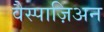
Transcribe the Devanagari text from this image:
वैस्पाज़िअन